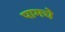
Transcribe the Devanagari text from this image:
पामचे